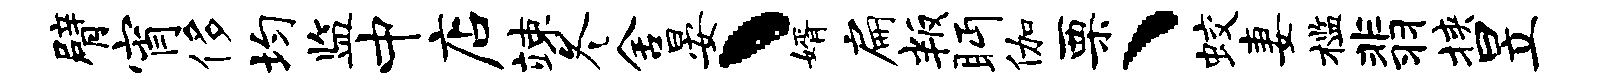
臂宵侈均监中店竦冬舍晏丶婿扁叛眄伽栗、蛟妻槛翡挟昱